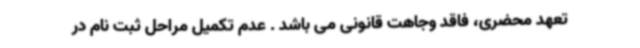
تعهد محضری، فاقد وجاهت قانونی می باشد . عدم تکمیل مراحل ثبت نام در